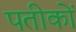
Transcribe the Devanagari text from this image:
पतीकों